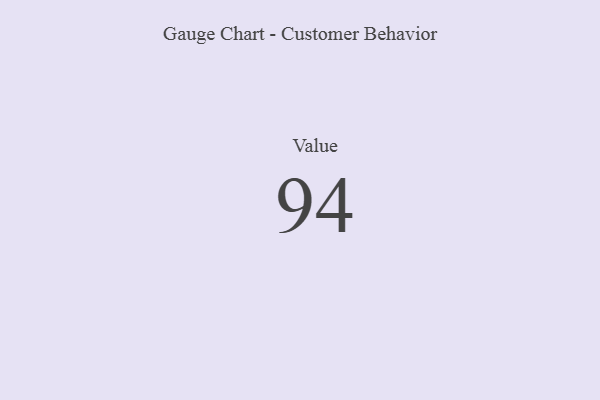
{"axis": {"x": "Metric", "y": "Value"}, "legend": [""], "data": [{"x": "Value", "y": 94, "type": ""}]}